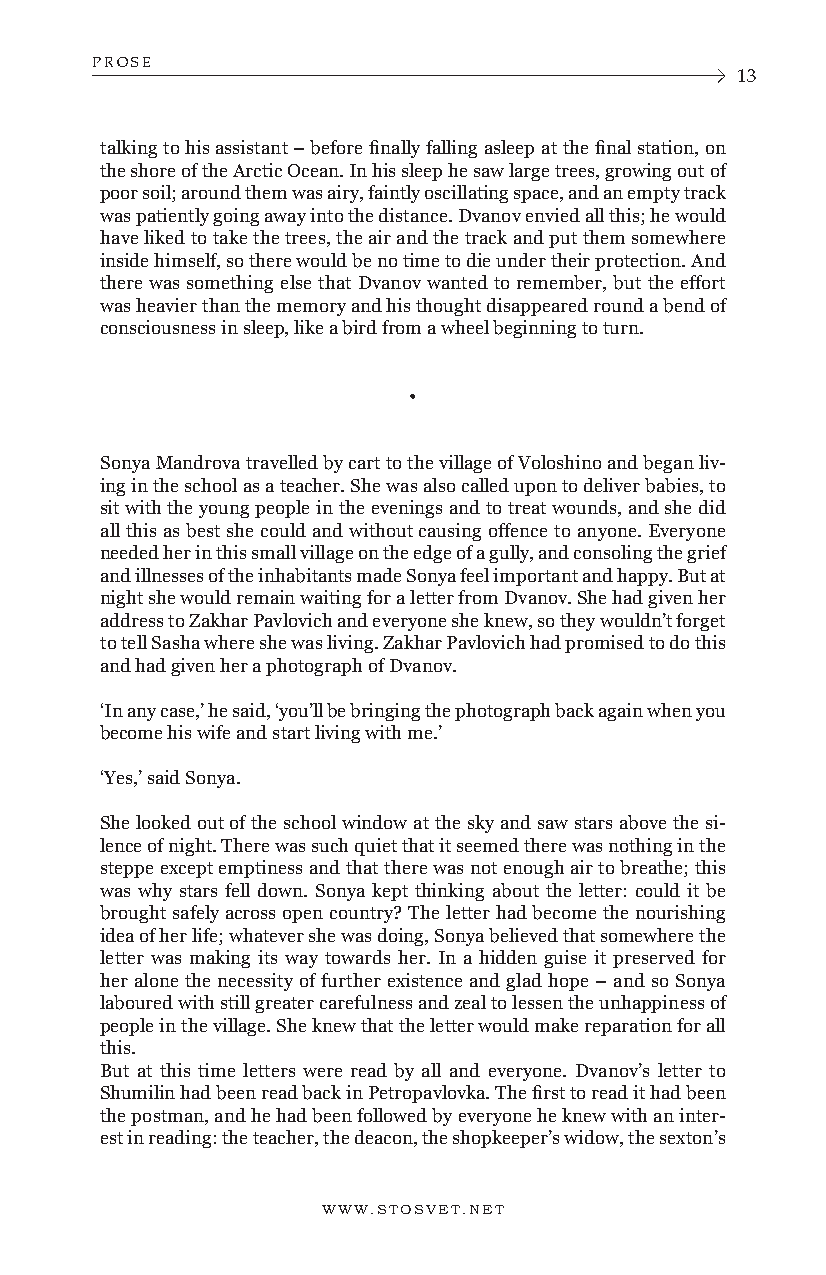
PROSE
 13
 talking to his assistant – before finally falling asleep at the final station, on
 the shore of the Arctic Ocean. In his sleep he saw large trees, growing out of
 poor soil; around them was airy, faintly oscillating space, and an empty track
 was patiently going away into the distance. Dvanov envied all this; he would
 have liked to take the trees, the air and the track and put them somewhere
 inside himself, so there would be no time to die under their protection. And
 there was something else that Dvanov wanted to remember, but the effort
 was heavier than the memory and his thought disappeared round a bend of
 consciousness in sleep, like a bird from a wheel beginning to turn.
 •
 Sonya Mandrova travelled by cart to the village of Voloshino and began liv-
 ing in the school as a teacher. She was also called upon to deliver babies, to
 sit with the young people in the evenings and to treat wounds, and she did
 all this as best she could and without causing offence to anyone. Everyone
 needed her in this small village on the edge of a gully, and consoling the grief
 and illnesses of the inhabitants made Sonya feel important and happy. But at
 night she would remain waiting for a letter from Dvanov. She had given her
 address to Zakhar Pavlovich and everyone she knew, so they wouldn’t forget
 to tell Sasha where she was living. Zakhar Pavlovich had promised to do this
 and had given her a photograph of Dvanov.
 ‘In any case,’ he said, ‘you’ll be bringing the photograph back again when you
 become his wife and start living with me.’
 ‘Yes,’ said Sonya.
 She looked out of the school window at the sky and saw stars above the si-
 lence of night. There was such quiet that it seemed there was nothing in the
 steppe except emptiness and that there was not enough air to breathe; this
 was why stars fell down. Sonya kept thinking about the letter: could it be
 brought safely across open country? The letter had become the nourishing
 idea of her life; whatever she was doing, Sonya believed that somewhere the
 letter was making its way towards her. In a hidden guise it preserved for
 her alone the necessity of further existence and glad hope – and so Sonya
 laboured with still greater carefulness and zeal to lessen the unhappiness of
 people in the village. She knew that the letter would make reparation for all
 this.
 But at this time letters were read by all and everyone. Dvanov’s letter to
 Shumilin had been read back in Petropavlovka. The first to read it had been
 the postman, and he had been followed by everyone he knew with an inter-
 est in reading: the teacher, the deacon, the shopkeeper’s widow, the sexton’s
 WWW.STOSVET.NET      WWW.STOSVET.NET